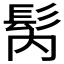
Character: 𩬀